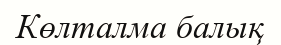
Көлталма балық